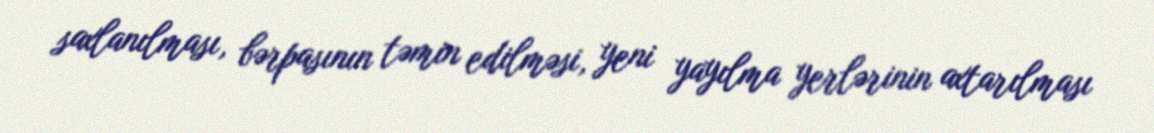
saxlanılması, bərpasının təmin edilməsi, yeni yayılma yerlərinin axtarılması